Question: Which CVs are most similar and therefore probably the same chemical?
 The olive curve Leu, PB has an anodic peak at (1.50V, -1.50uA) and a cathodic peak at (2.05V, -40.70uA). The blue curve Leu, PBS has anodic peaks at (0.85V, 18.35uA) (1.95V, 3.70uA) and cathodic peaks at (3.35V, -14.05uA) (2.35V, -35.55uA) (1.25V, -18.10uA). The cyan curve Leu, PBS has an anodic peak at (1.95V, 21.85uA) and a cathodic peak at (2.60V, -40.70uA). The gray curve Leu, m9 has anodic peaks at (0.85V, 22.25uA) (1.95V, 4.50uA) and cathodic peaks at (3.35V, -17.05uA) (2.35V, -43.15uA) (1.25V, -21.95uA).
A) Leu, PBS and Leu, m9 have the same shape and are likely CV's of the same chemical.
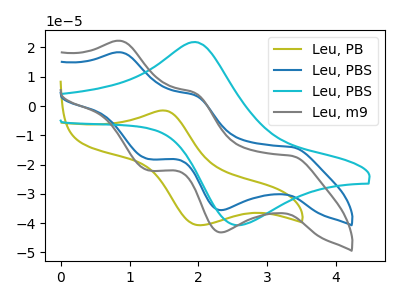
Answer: <think>"Leu, PB" and "Leu, PBS" have a different number of peaks. "Leu, PB" and "Leu, PBS" have at least one peak that do not match. "Leu, PB" and "Leu, m9" have a different number of peaks. "Leu, PBS" and "Leu, PBS" have a different number of peaks. All the peaks in "Leu, PBS" have a peak in "Leu, m9" at the same potential. Every peak in "Leu, PBS" is lower than every peak in "Leu, m9". "Leu, PBS" and "Leu, m9" have a different number of peaks.
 </think>
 <answer>A) "Leu, PBS" and "Leu, m9" have the same shape and are likely CV's of the same chemical.</answer>
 <eval>A</eval>